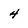
Character: 4